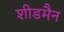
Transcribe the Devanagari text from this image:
शीडमैन